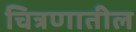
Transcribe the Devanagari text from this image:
चित्रणातील